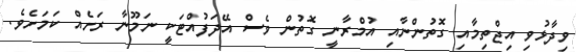
ވިދާޅުވި އިޖްތިމާއި ގޮތުންނާއި އުމްރާނީ ގޮތުން ވެސް އޭދަފުއްޓަކީ ނަމޫނާ ރަށެއް ކަމަށެވެ.